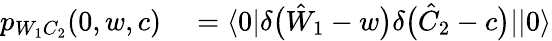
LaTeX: \begin{array}{rl}{p_{W_{1}C_{2}}(0,w,c)}&{{}=\langle 0|\delta\bigl(\hat{W}_{1}-w\bigr)\delta\bigl(\hat{C}_{2}-c\bigr)||0\rangle}\end{array}